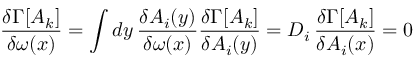
\frac { \delta \Gamma [ A _ { k } ] } { \delta \omega ( x ) } = \int d y \, \frac { \delta A _ { i } ( y ) } { \delta \omega ( x ) } \frac { \delta \Gamma [ A _ { k } ] } { \delta A _ { i } ( y ) } = D _ { i } \, \frac { \delta \Gamma [ A _ { k } ] } { \delta A _ { i } ( x ) } = 0